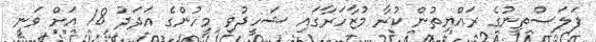
ފަލަސްތީނުގެ ރައްޔިތުން ކުރާ މުޒާހަރާގައި ޝަހީދުވި މީހުންގެ އަދަދު 18 އަށް ވަނީ